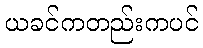
ယခင်ကတည်းကပင်